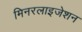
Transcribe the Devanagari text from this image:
मिनरलाइजेशन